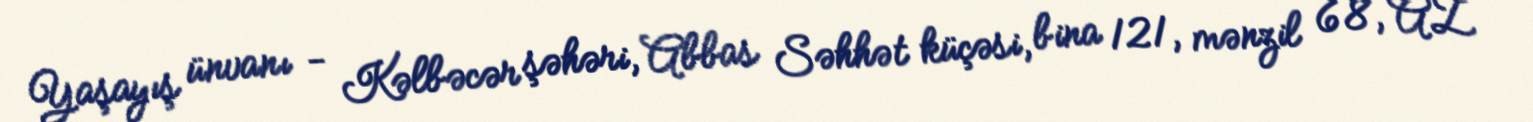
Yaşayış ünvanı - Kəlbəcər şəhəri, Abbas Səhhət küçəsi, bina 121, mənzil 68, AZ